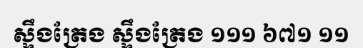
ស្ទឹងត្រែង ស្ទឹងត្រែង ១១១ ៦៧១ ១១